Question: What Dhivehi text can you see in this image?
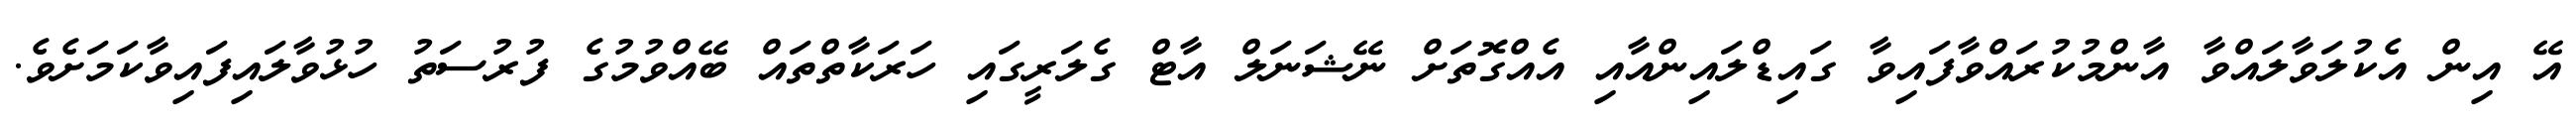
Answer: އޭ އިން އެކުލަވާލައްވާ އާންމުކުރައްވާފައިވާ ގައިޑްލައިންއާއި އެއްގޮތަށް ނޭޝަނަލް އާޓް ގެލަރީގައި ހަރަކާތްތައް ބޭއްވުމުގެ ފުރުސަތު ހުޅުވާލައިފައިވާކަމަށެވެ.